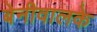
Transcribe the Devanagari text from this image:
बेनीवालके